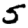
Digit: 5